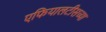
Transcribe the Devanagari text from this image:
एफियालटीसच्या